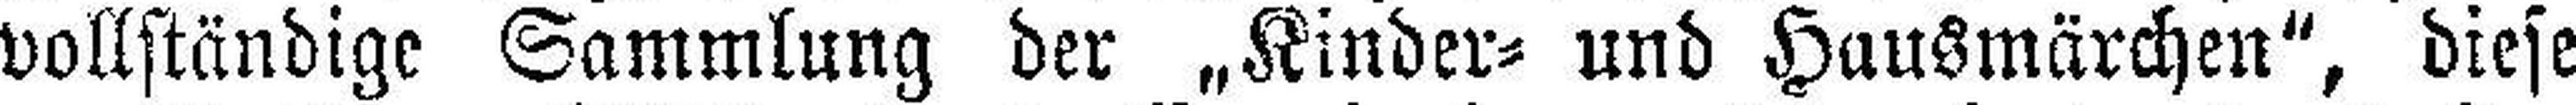
vollständige Sammlung der „Kinder= und Hausmärchen“, diese